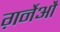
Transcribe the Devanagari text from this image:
ग़र्नेऔ